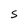
Character: S